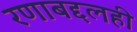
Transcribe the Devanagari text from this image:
रणाबद्दलही